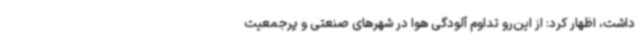
داشت، اظهار کرد: از این‌رو تداوم آلودگی هوا در شهرهای صنعتی و پرجمعیت